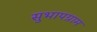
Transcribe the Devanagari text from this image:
सुभापग्राम